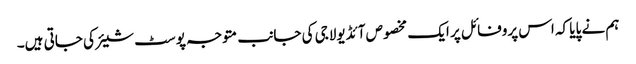
ہم نے پایا کہ اس پروفائل پر ایک مخصوص آئڈیولاجی کی جانب متوجہ پوسٹ شیئر کی جاتی ہیں۔